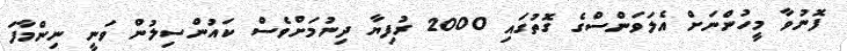
ފޮނުވާ މީހުންނަށް އެލަވަންސްގެ ގޮތުގައި 2000 ރުފިޔާ ދިނުމަށްވެސް ކައުންސިލުން ވަނީ ނިންމާފަ